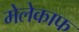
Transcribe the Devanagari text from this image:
मेलेकाफ